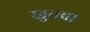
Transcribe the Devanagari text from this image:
खुतवा